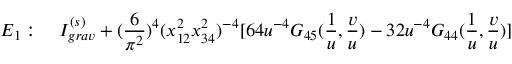
E _ { 1 } : \quad I _ { g r a v } ^ { ( s ) } + ( \frac { 6 } { \pi ^ { 2 } } ) ^ { 4 } ( x _ { 1 2 } ^ { 2 } x _ { 3 4 } ^ { 2 } ) ^ { - 4 } [ 6 4 u ^ { - 4 } G _ { 4 5 } ( \frac { 1 } { u } , \frac { v } { u } ) - 3 2 u ^ { - 4 } G _ { 4 4 } ( \frac { 1 } { u } , \frac { v } { u } ) ]